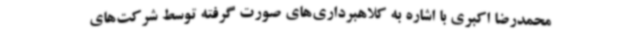
محمدرضا اکبری با اشاره به کلاهبرداری‌های صورت گرفته توسط شرکت‌های